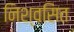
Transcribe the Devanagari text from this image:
निश्वसित